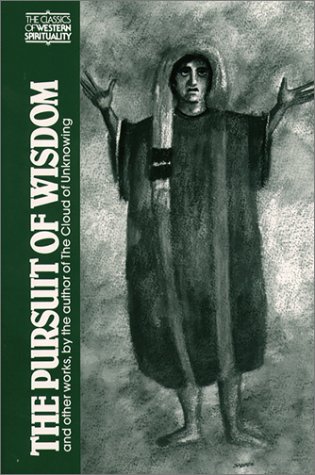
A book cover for The Pursuit of Wisdom and Other Works by the Author of the Cloud of Unknowing (Classics of Western Spirituality); James Walsh; Religion & Spirituality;